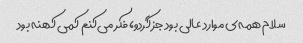
سلام همه‌ی موارد عالی بود جز گردو، فکر می‌کنم کمی کهنه بود